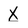
Character: X